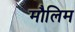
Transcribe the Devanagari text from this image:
मौलिम